Scientific memoirs by medical officers of the Army of India - Part V,
Year: 1890
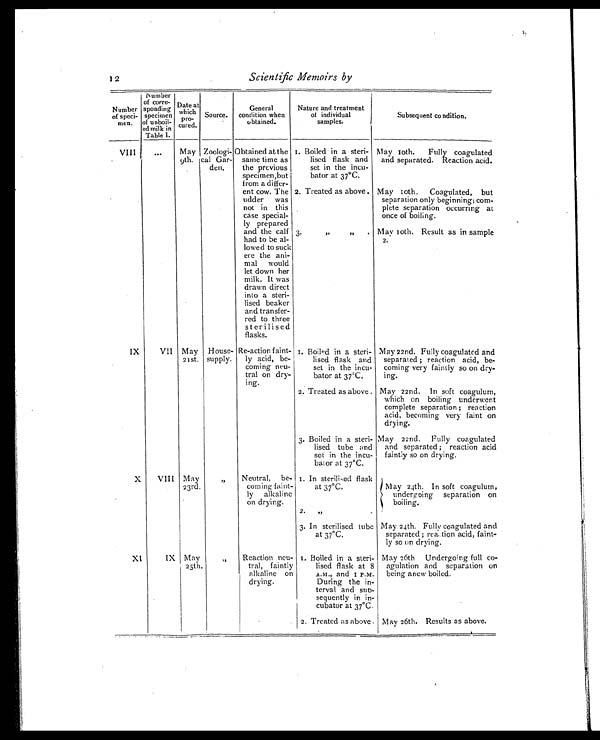
12
Scientific Memoirs by
Number
of speci-
men.
Number
of corre -
sponding
specimen
of unboil-
ed milk in
Table 1.
Date at
which
p r o -
cured.
Source.
General
condition when
obtained.
Nature and treatment
of individual
samples.
Subsequent co ndition.
VIII
. . .
May
9th.
Zoologi-
cal Gar-
den.
Obtained at the
same time as
the previous
specimen,but
from a differ -
ent cow. The
udder was
not in this
case special-
ly prepared
and the calf
had to be al-
lowed to suck
ere the ani -
mal would
let down her
milk. It was
drawn direct
into a steri -
lised beaker
and transfer -
red to three
sterilised
flasks.
1. Boiled in a steri-
lised flask and
set in the incu-
bator at 37°C.
May 10th. Fully coagulated
and separated. Reaction acid.
2. Treated as above. May 10th. Coagulated, but
separation only beginning; co m -
plete separation occurring at
once of boiling.
3. „ „ . May 10th. Result as in sample
2.
IX
VII May
21st.
House-
supply.
Re-action faint-
ly acid, be-
coming neu-
tral on dry-
ing.
1. Boiled in a steri-
lised flask and
set in the incu-
bator at 37ºC.
May 22nd. Fully coagulated and
separated ; reaction acid, be-
coming very faintly so on dry-
ing.
2. Treated as above . May 22nd. In soft coagulum,
which on boiling underwent
complete separation ; reaction
acid, becoming very faint on
drying.
3. Boiled in a steri-
lised tube and
set in the incu-
bator at 37°C.
May 22nd. Fully coagulated
and separated ; reaction acid
faintly so on drying.
X
VIII May
23rd.
„
Neutral, be-
coming faint-
ly alkaline
on drying.
1. In sterilised flask
at 37°C.
2. ,, .
May 24th. In soft coagulum,
undergoing separation on
boiling.
3. In sterilised tube
at 37°C.
May 24th. Fully coagulated and
separated ; reaction acid, faint-
ly so on drying.
XI
IX May
25th.
„
Reaction neu-
tral, faintly
alkaline on
drying.
1. Boiled in a steri-
lised flask at 8
A.M., and 1 P.M.
During the in -
terval and sub -
sequently in in -
cubator at 37°C.
May 26th Undergoing full co-
agulation and separation on
being anew boiled.
2. Treated as above . May 26th. Results as above.